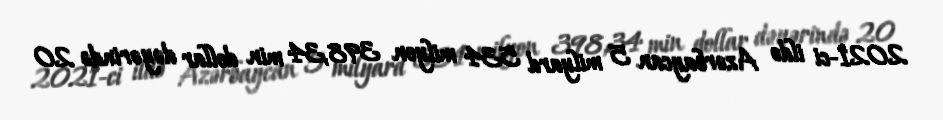
2021-ci ildə Azərbaycan 5 milyard 534 milyon 398,34 min dollar dəyərində 20